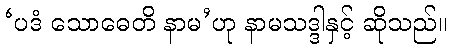
‘ပဒံ သောဓေတိ နာမ’ဟု နာမသဒ္ဒါနှင့် ဆိုသည်။